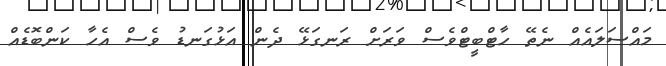
މައްސަލައެއް ނެތޭ ހާޓްބީޓްވެސް ވަރަށް ރަނގަޅޭ ދެން އަޅުގަނޑު ވެސް އެހާ ކަންބޮޑެއް